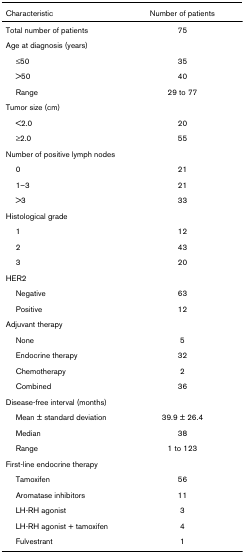
| Characteristic | Number of patients |
 | --- | --- |
 | Total number of patients | 75 |
 | Age at diagnosis (years) |  |
 | ≤50 | 35 |
 | >50 | 40 |
 | Range | 29 to 77 |
 | Tumor size (cm) |  |
 | <2.0 | 20 |
 | ≥2.0 | 55 |
 | Number of positive lymph nodes |  |
 | 0 | 21 |
 | 1–3 | 21 |
 | >3 | 33 |
 | Histological grade |  |
 | 1 | 12 |
 | 2 | 43 |
 | 3 | 20 |
 | HER2 |  |
 | Negative | 63 |
 | Positive | 12 |
 | Adjuvant therapy |  |
 | None | 5 |
 | Endocrine therapy | 32 |
 | Chemotherapy | 2 |
 | Combined | 36 |
 | Disease-free interval (months) |  |
 | Mean ± standard deviation | 39.9 ± 26.4 |
 | Median | 38 |
 | Range | 1 to 123 |
 | First-line endocrine therapy |  |
 | Tamoxifen | 56 |
 | Aromatase inhibitors | 11 |
 | LH-RH agonist | 3 |
 | LH-RH agonist + tamoxifen | 4 |
 | Fulvestrant | 1 |